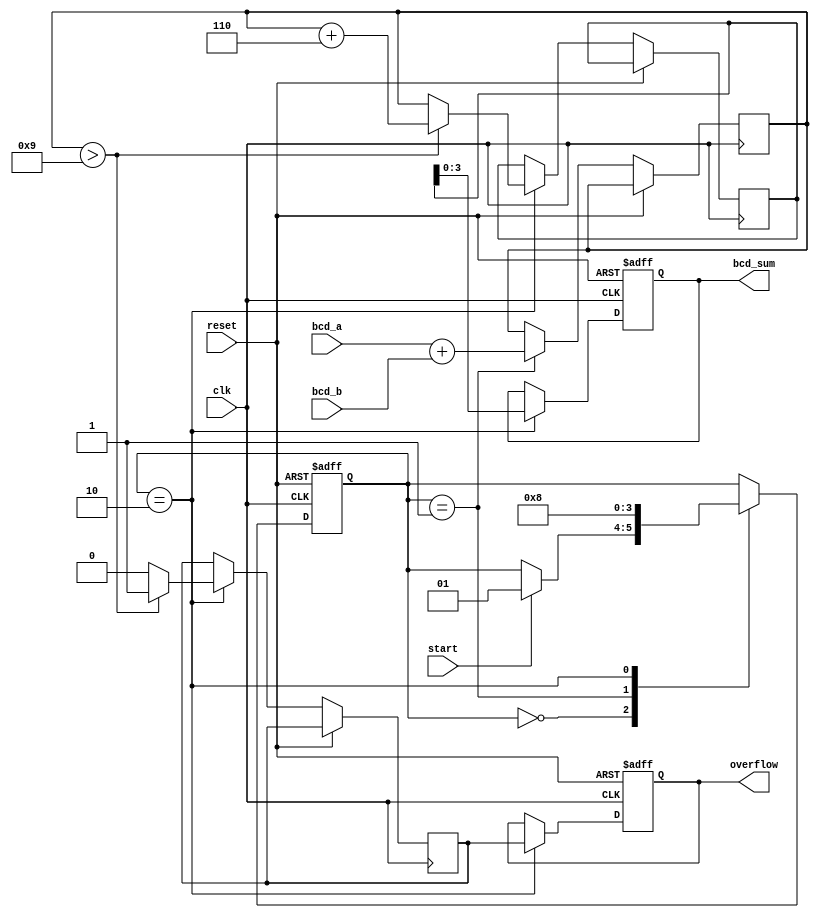
module BCD_Pipelined_Adder (
    input wire clk,
    input wire reset,
    input wire start,
    input wire [3:0] bcd_a, // First BCD digit
    input wire [3:0] bcd_b, // Second BCD digit
    output reg [3:0] bcd_sum, // Resultant BCD digit
    output reg overflow // Overflow signal
);

    // Intermediate signals
    reg [4:0] sum_stage1; // 5-bit sum to accommodate carry
    reg [4:0] corrected_sum; // Corrected sum after BCD adjustment
    reg carry; // Carry signal for BCD correction
    reg [1:0] state; // State for pipelining

    // State encoding
    localparam IDLE = 2'b00;
    localparam ADD = 2'b01;
    localparam CORRECT = 2'b10;

    // Sequential logic for state management
    always @(posedge clk or posedge reset) begin
        if (reset) begin
            state <= IDLE;
            bcd_sum <= 4'b0000;
            overflow <= 1'b0;
        end else begin
            case (state)
                IDLE: begin
                    if (start) begin
                        state <= ADD;
                    end
                end
                ADD: begin
                    // Stage 1: Initial Addition
                    sum_stage1 <= bcd_a + bcd_b;
                    // Move to correction stage
                    state <= CORRECT;
                end
                CORRECT: begin
                    // Stage 2: BCD Correction
                    if (sum_stage1 > 9) begin
                        corrected_sum <= sum_stage1 + 5'b00110; // Add 6 for correction
                        carry <= 1'b1; // Set carry if correction is needed
                    end else begin
                        corrected_sum <= sum_stage1; // No correction needed
                        carry <= 1'b0;
                    end
                    // Assign the corrected sum to output
                    bcd_sum <= corrected_sum[3:0];
                    overflow <= carry; // Set overflow if carry is generated
                    state <= IDLE; // Go back to idle
                end
            endcase
        end
    end

endmodule